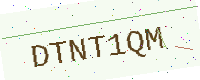
Text: DTNT1QM